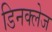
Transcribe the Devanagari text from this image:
डिनक्लेज